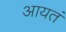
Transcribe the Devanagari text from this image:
आयतं